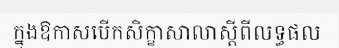
ក្នុងឱកាសបើកសិក្ខាសាលាស្តីពីលទ្ធផល